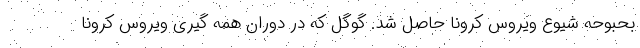
بحبوحه شیوع ویروس کرونا حاصل شد. گوگل که در دوران همه گیری ویروس کرونا